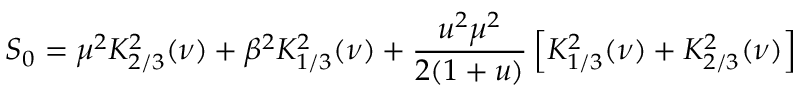
S _ { 0 } = \mu ^ { 2 } K _ { 2 / 3 } ^ { 2 } ( \nu ) + \beta ^ { 2 } K _ { 1 / 3 } ^ { 2 } ( \nu ) + \frac { u ^ { 2 } \mu ^ { 2 } } { 2 ( 1 + u ) } \left[ K _ { 1 / 3 } ^ { 2 } ( \nu ) + K _ { 2 / 3 } ^ { 2 } ( \nu ) \right]